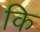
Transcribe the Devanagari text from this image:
कि